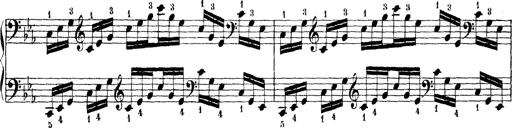
Title: Technische Studien
Composer: Franz Liszt